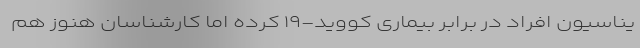
یناسیون افراد در برابر بیماری کووید-۱۹ کرده اما کارشناسان هنوز هم